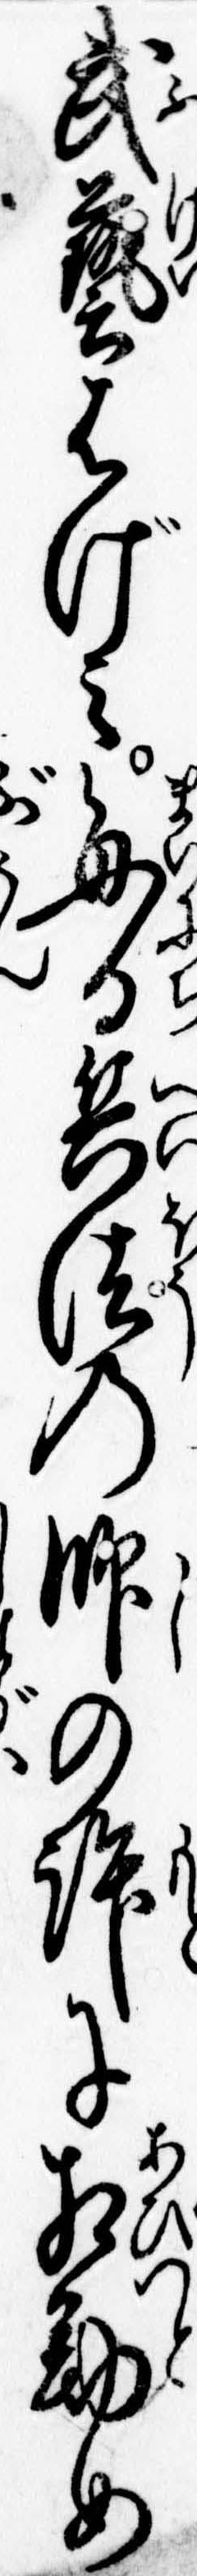
武芸はげみ毎日兵法の師の許に相勤め